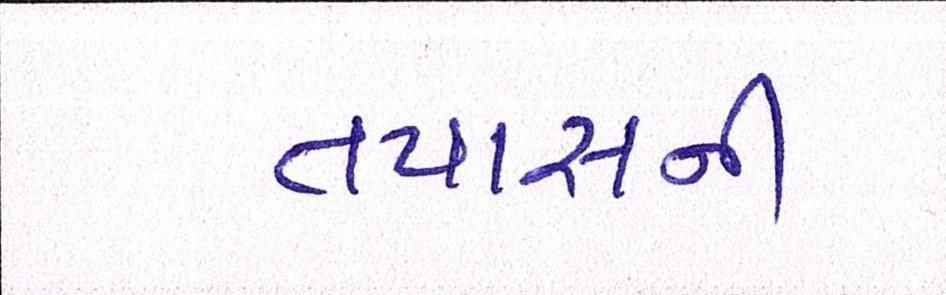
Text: તપાસની